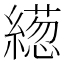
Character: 𦅢